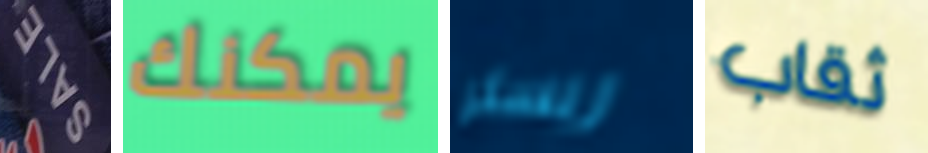
SALE يمكنك ريسلر ثقاب